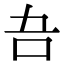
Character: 𭇁